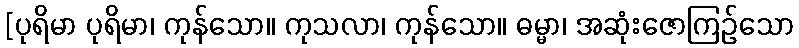
[ပုရိမာ ပုရိမာ၊ ကုန်သော။ ကုသလာ၊ ကုန်သော။ ဓမ္မာ၊ အဆုံးဇောကြဉ်သော